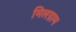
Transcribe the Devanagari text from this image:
मिलग्राम